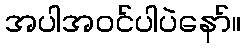
အပါအဝင်ပါပဲနော်။